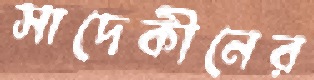
সাদেকীনের